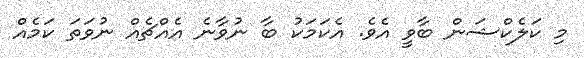
މި ކަލެކްޝަން ބާވީ އެވެ. އެކަމަކު ބާ ނުވާނެ އެއްޗެއް ނުވަތަ ކަމެއް